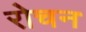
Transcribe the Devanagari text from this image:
रोचन